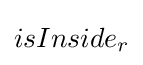
isInside_{r}